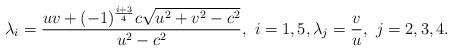
LaTeX: \begin{align*}\lambda_i=\frac{uv+(-1)^{\frac{i+3}{4}} c\sqrt{u^2+v^2-c^2}}{u^2-c^2},\,\,i=1,5,\lambda _j=\frac{v}{u},\,\, j=2,3,4.\end{align*}